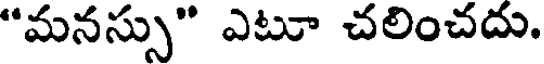
"మనస్సు" ఎటూ చలించదు.